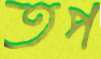
তপ